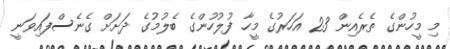
މި މީހުންގެ ތެރެއިން 23 އަހަރުގެ މީހާ ފުލުހުންގެ ބެލުމުގެ ދަށަށް ގެނެސްފައިވަނީ